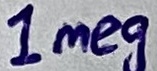
Text: 1meg